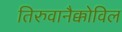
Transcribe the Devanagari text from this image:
तिरुवानैक्कोविल